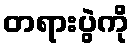
တရားပွဲကို